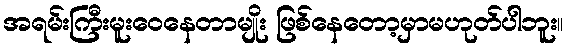
အရမ်းကြီးမူးဝေနေတာမျိုး ဖြစ်နေတော့မှာမဟုတ်ပါဘူး။